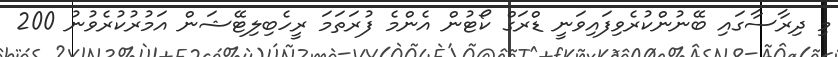
މި ދިރާސާގައި ބޭނުންކުރެވިފައިވަނީ ޑްރަގް ކޯޓުން އެންމެ ފުރަތަމަ ރީހެބިލިޓޭޝަން އަމުރުކުރެވުނު 200